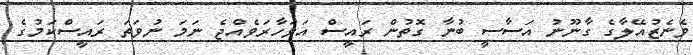
ވެނެޒުއޭލާގެ ގާނޫނު އަސާސީ ބުނާ ގޮތުން ރައީސް އަވަހާރަވެއްޖެ ނަމަ ނުވަތަ ރައީސްކަމުގެ